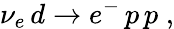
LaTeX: \nu_{e}\, d\to e^{-}\, p\, p\; ,